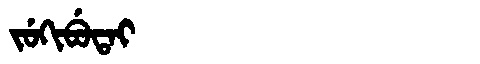
Manchu: ᠵᡠᡴᡳᠪᡠᡨᠠᡳ
Romanization: JUKIBUTAI